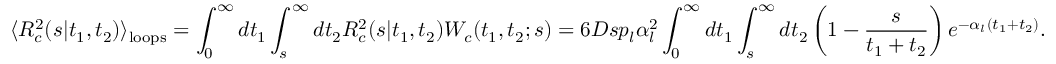
\langle { \cal R } _ { c } ^ { 2 } ( s | t _ { 1 } , t _ { 2 } ) \rangle _ { \mathrm { l o o p s } } = \int _ { 0 } ^ { \infty } d t _ { 1 } \int _ { s } ^ { \infty } d t _ { 2 } { \cal R } _ { c } ^ { 2 } ( s | t _ { 1 } , t _ { 2 } ) { \cal W } _ { c } ( t _ { 1 } , t _ { 2 } ; s ) = 6 D s p _ { l } \alpha _ { l } ^ { 2 } \int _ { 0 } ^ { \infty } d t _ { 1 } \int _ { s } ^ { \infty } d t _ { 2 } \left( 1 - \frac { s } { t _ { 1 } + t _ { 2 } } \right) e ^ { - \alpha _ { l } ( t _ { 1 } + t _ { 2 } ) } .